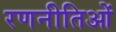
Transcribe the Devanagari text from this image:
रणनीतिओं